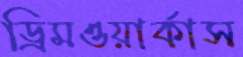
ড্রিমওয়ার্কাস